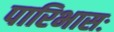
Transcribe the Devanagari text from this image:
पारिभासः